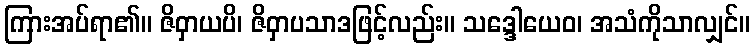
ကြားအပ်ရာ၏။ ဇိဝှာယပိ၊ ဇိဝှာပသာဒဖြင့်လည်း။ သဒ္ဒေါယေဝ၊ အသံကိုသာလျှင်။